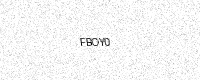
Text: FBOY0